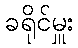
ခရိုင်မှူး